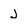
Character: j